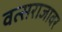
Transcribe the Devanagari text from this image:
वत्सराजावर